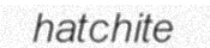
hatchite